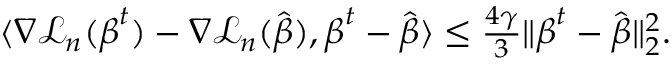
\begin{array} { r l } & { \langle \nabla { \mathcal L } _ { n } ( { \boldsymbol { \beta } } ^ { t } ) - \nabla { \mathcal L } _ { n } ( \hat { \boldsymbol { \beta } } ) , { \boldsymbol { \beta } } ^ { t } - \hat { \boldsymbol { \beta } } \rangle \leq \frac { 4 \gamma } { 3 } \| { \boldsymbol { \beta } } ^ { t } - \hat { \boldsymbol { \beta } } \| _ { 2 } ^ { 2 } . } \end{array}